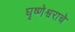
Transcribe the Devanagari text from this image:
घृष्णेश्वराचे